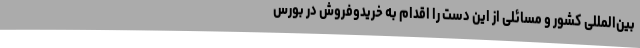
بین‌المللی کشور و مسائلی از این‌ دست را اقدام به خریدوفروش در بورس